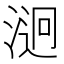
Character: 𣹔